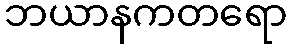
ဘယာနကတရော